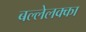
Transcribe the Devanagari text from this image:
बल्लेलक्का